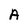
Character: A